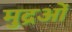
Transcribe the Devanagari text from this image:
मुद्रओं